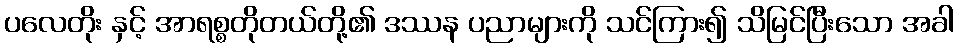
ပလေတိုး နှင့် အာရစ္စတိုတယ်တို့၏ ဒဿန ပညာများကို သင်ကြား၍ သိမြင်ပြီးသော အခါ